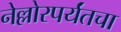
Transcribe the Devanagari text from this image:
नेल्लोरपर्यंतचा